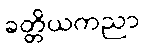
ခတ္တိယကညာ